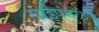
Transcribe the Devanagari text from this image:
पाईपमुळे